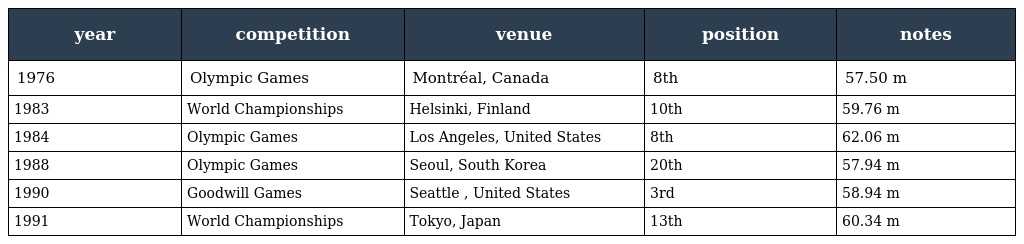
| year | competition | venue | position | notes |
 | --- | --- | --- | --- | --- |
 | 1976 | Olympic Games | Montréal, Canada | 8th | 57.50 m |
 | 1983 | World Championships | Helsinki, Finland | 10th | 59.76 m |
 | 1984 | Olympic Games | Los Angeles, United States | 8th | 62.06 m |
 | 1988 | Olympic Games | Seoul, South Korea | 20th | 57.94 m |
 | 1990 | Goodwill Games | Seattle , United States | 3rd | 58.94 m |
 | 1991 | World Championships | Tokyo, Japan | 13th | 60.34 m |